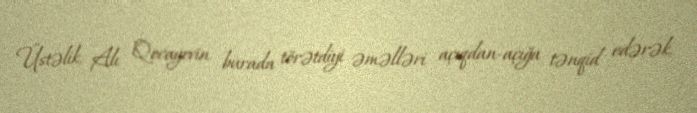
Üstəlik, Alı Qocayevin burada törətdiyi əməlləri açıqdan-açığa tənqid edərək,